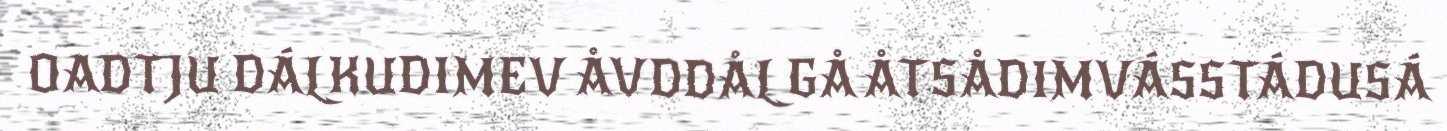
OADTJU DÁLKUDIMEV ÅVDDÅL GÅ ÅTSÅDIMVÁSSTÁDUSÁ